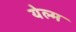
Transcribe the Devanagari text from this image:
येल्म